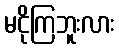
မငိုကြဘူးလား